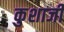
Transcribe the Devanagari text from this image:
कुशाजी